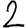
Digit: 2